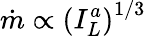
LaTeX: \dot{m}\propto{\left({I_{L}^{a}}\right)^{1/3}}